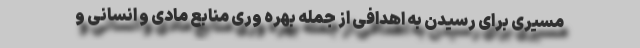
مسیری برای رسیدن به اهدافی از جمله بهره وری منابع مادی و انسانی و